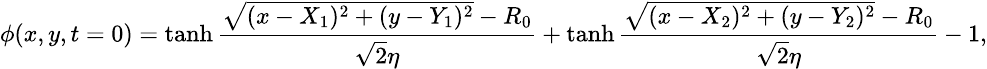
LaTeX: \small\phi(x,y,t=0)=\operatorname{tanh}\frac{\sqrt{(x-X_{1})^{2}+(y-Y_{1})^{2}}-R_{0}}{\sqrt{2}\eta}+\operatorname{tanh}\frac{\sqrt{(x-X_{2})^{2}+(y-Y_{2})^{2}}-R_{0}}{\sqrt{2}\eta}-1,